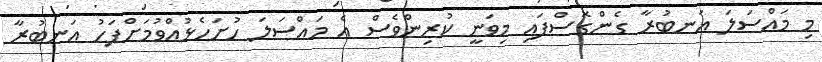
މި މައްސަލަ އަނބުރާ ގެންގޮސްފައި މިވަނީ ކުރިންވެސް އެ މައްސަލަ ހުށަހެޅުއްވުމަށްފަހު އަނބުރާ